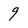
Character: 9